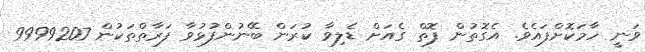
ވަނީ ހާމަކޮށްފައެވެ. އެގޮތުން ފޮތް ގެއަށް ޑެލިވާ ކުރަން ބޭނުންފުޅުވާ ފަރާތްތަކުން 9999207